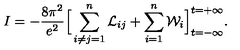
I = - \frac { 8 \pi ^ { 2 } } { e ^ { 2 } } \Big [ \sum _ { i \neq j = 1 } ^ { n } { \cal L } _ { i j } + \sum _ { i = 1 } ^ { n } { \cal W } _ { i } \Big ] _ { t = - \infty } ^ { t = + \infty } .